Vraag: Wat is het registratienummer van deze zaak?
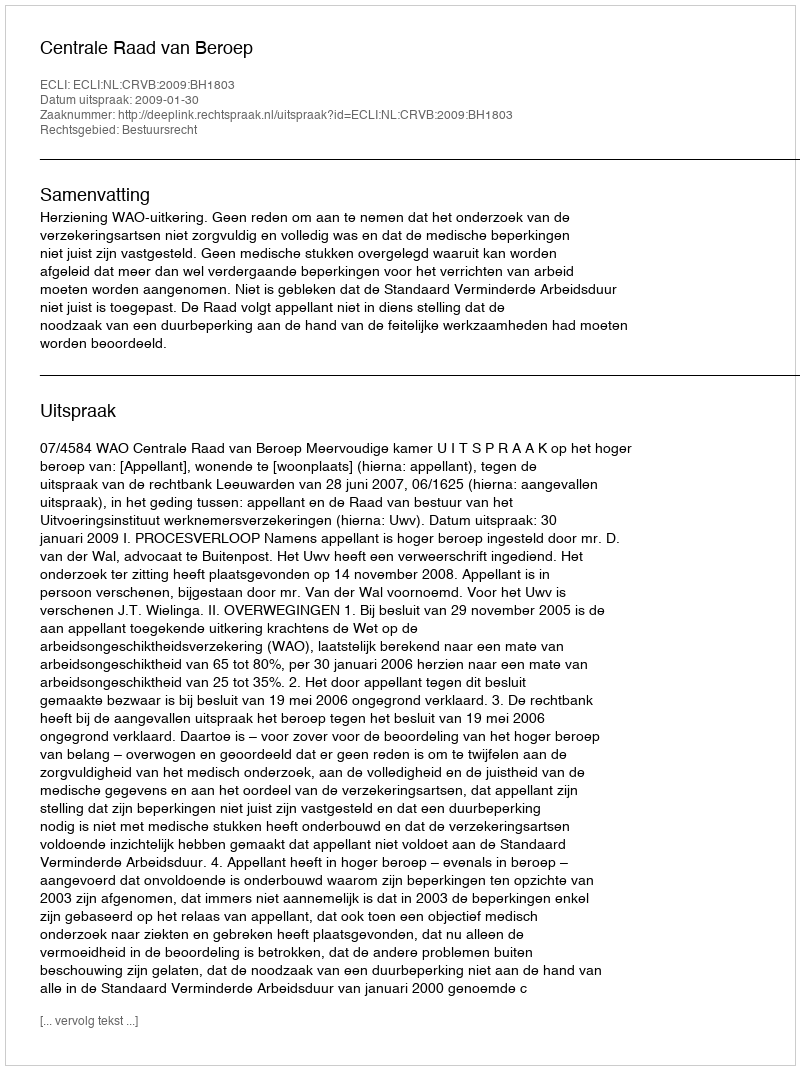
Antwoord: http://deeplink.rechtspraak.nl/uitspraak?id=ECLI:NL:CRVB:2009:BH1803